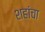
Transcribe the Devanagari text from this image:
शहांचा